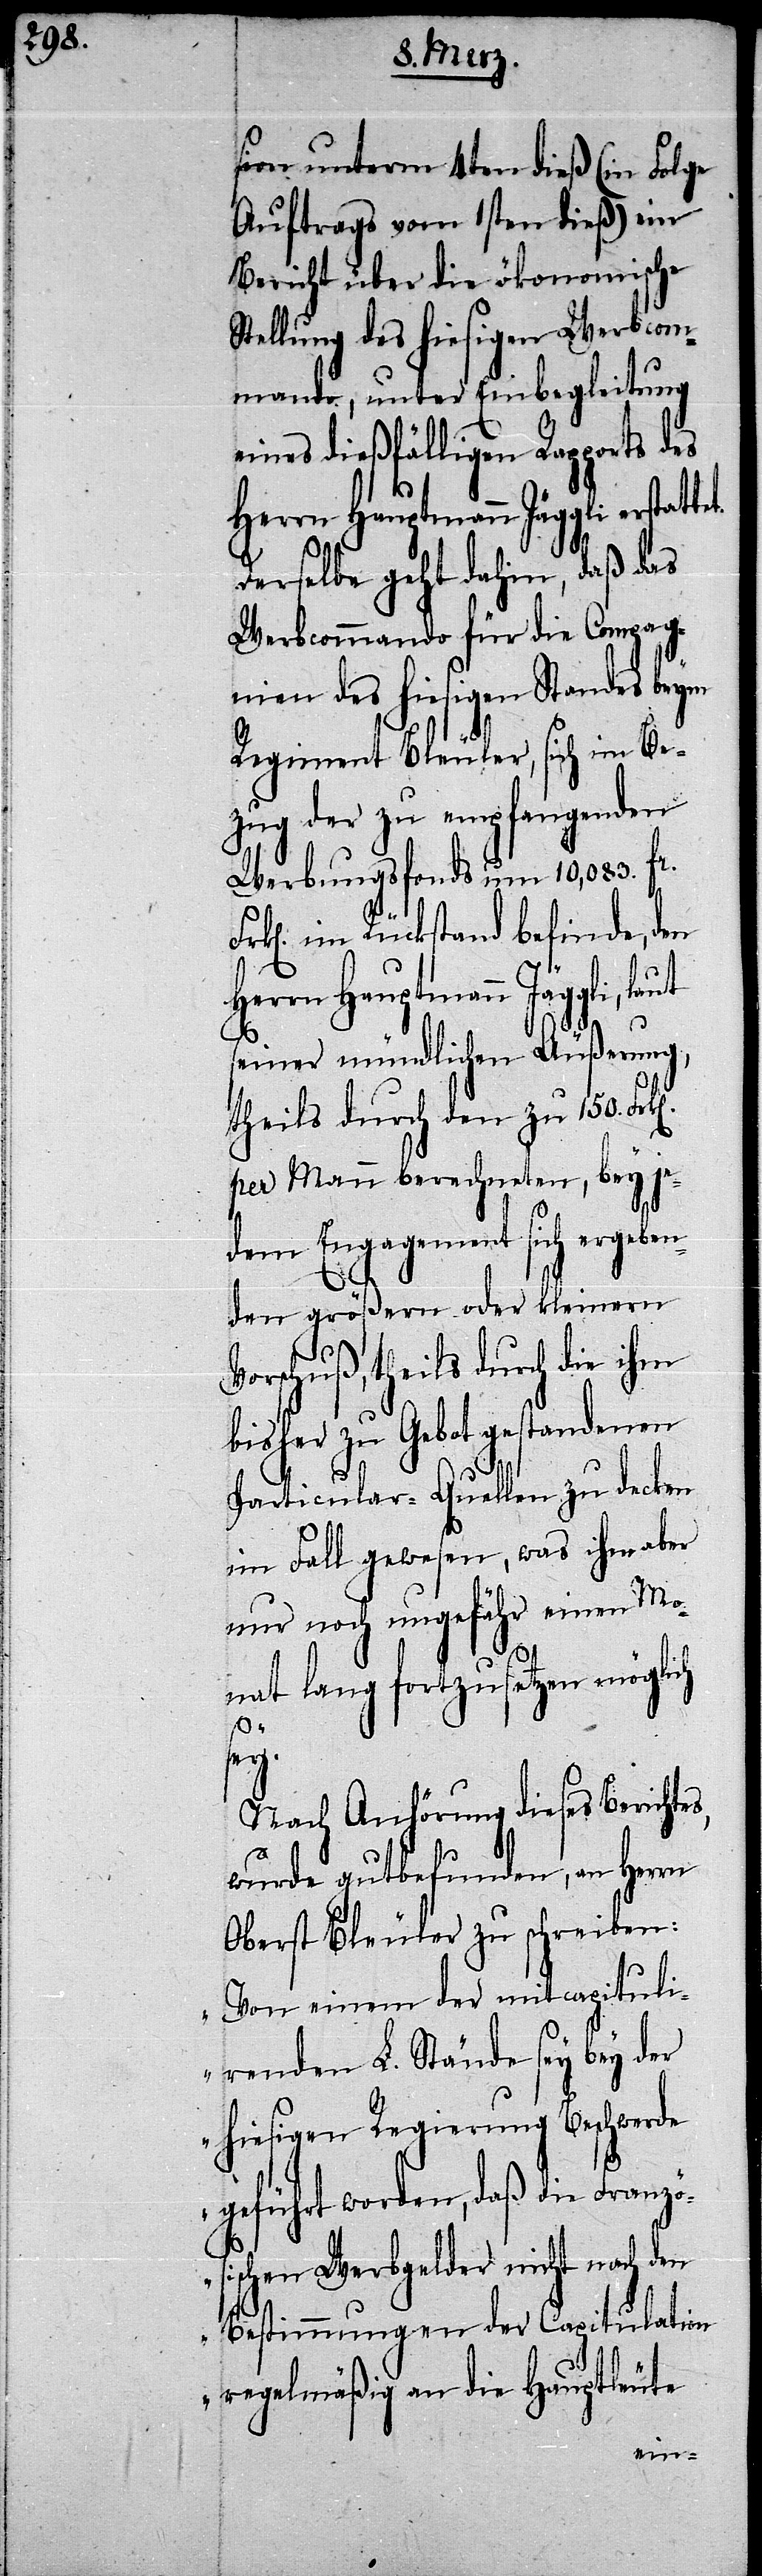
sion unterm 4ten dieß (in Folge
Auftrags vom 1sten dieß) ein
Bericht über die ökonomische
Stellung des hiesigen Werbcom¬
mando, unter Einbegleitung
eines dießfälligen Rapports des
Herrn Hauptmann Jäggli, laut
Derselbe geht dahin, daß das
Werbcommando für die Compag¬
nien des hiesigen Standes beym
Regiment Bleuler, sich im Be¬
zug der zu empfangenden
Werbungsfonds um 10,083. fr.
k[en]. im Rückstand befinde, den
seiner mündlichen Äußerung,
theils durch den zu 150.
per Mann berechneten, bey je¬
dem Engagement sich ergeben¬
den größern oder kleinern
Vorschuß, theils durch die ihm
bisher zu Gebot gestandenen
Particular-Quellen zu decken
im Fall gewesen, was ihm aber
nur noch ungefähr einen Mo¬
nat lang fortzusetzen möglich
s,
zös¬
Nach Ahörung dieses Berichte¬
wurde gutbefunden, an Herrn
Oberst Bleuler zu schreiben:
„Von einem der mitcapituli¬
renden L. Stände sey bey der
hiesigen Regierung Beschwerde
geführt worden, daß die Fran¬
ischen Werbgelder nicht nach den
Bestimmungen der Capitulation
regelmäßig an die Hauptleute